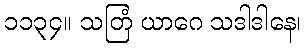
၁၁၃၄။ သတြံ ယာဂေ သဒါဒါနေ၊